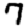
Digit: 7